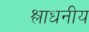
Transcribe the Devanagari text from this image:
श्लाधनीय